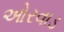
ઓરવાડ